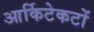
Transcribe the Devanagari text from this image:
आर्किटेकटों